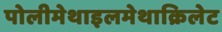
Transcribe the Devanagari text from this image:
पोलीमेथाइलमेथाक्रिलेट